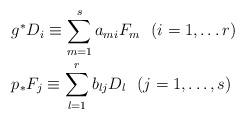
LaTeX: \begin{align*}&g^{*}D_{i} \equiv \sum_{m=1}^{s}a_{mi}F_{m}\ \ (i=1,\dots r)\\&{p}_{*}F_{j} \equiv \sum_{l=1}^{r}b_{lj}D_{l} \ \ (j=1,\dots, s)\end{align*}